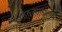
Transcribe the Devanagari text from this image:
एकतालाचा